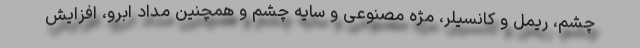
چشم، ریمل و کانسیلر، مژه مصنوعی و سایه چشم و همچنین مداد ابرو، افزایش